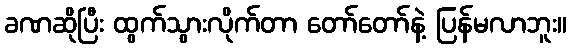
ခဏဆိုပြီး ထွက်သွားလိုက်တာ တော်တော်နဲ့ ပြန်မလာဘူး။